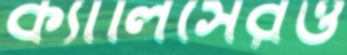
ক্যালিসেরও